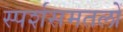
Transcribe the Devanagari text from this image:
स्पर्शसमतलों